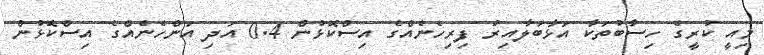
މިއީ ކުރީގެ ހިސާބުތަކާ އަޅާބަލާއިރު ފިރިހެނެއްގެ އިސްކޮޅުން 0.4 އަދި އަންހެނެއްގެ އިސްކޮޅުން